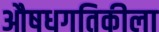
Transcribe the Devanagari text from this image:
औषधगतिकीला